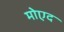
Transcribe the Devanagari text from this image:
मोएद